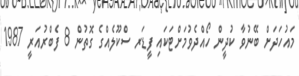
މައުހަދަށް ބޭނުވާ ކުދީން ހޯއްދެވުމަށްޓަކައި ފީޑަރ ސްކޫލެއްގެ ގޮތުން 8 ފެބްރުއަރީ 1987